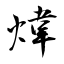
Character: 煒